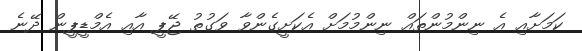
ކަމަށާއި އެ ނިންމުންތައް ނިންމުމަށް އެކަށީގެންވާ ވަގުތު ޖޭޕީ އާއި އެމްޑީޕީން ދޭނެ